Lunatic asylums Madras 1892-1911 - 1892-1911
Year: 1892
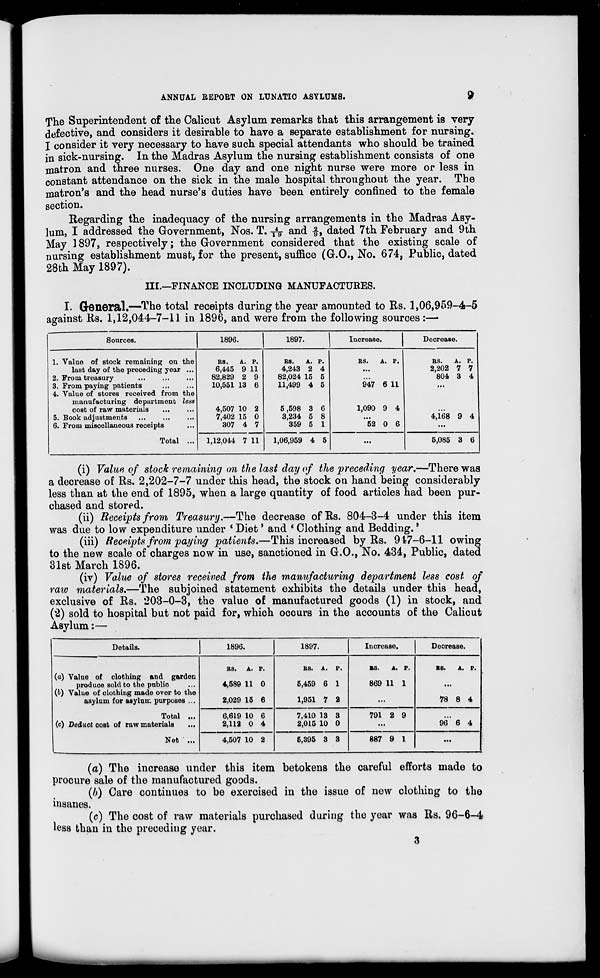
ANNUAL REPORT ON LUNATIC ASYLUMS.
9
The Superintendent of the Calicut Asylum remarks that this arrangement is very
defective, and considers it desirable to have a separate establishment for nursing.
I consider it very necessary to have such special attendants who should be trained
in sick-nursing. In the Madras Asylum the nursing establishment consists of one
matron and three nurses. One day and one night nurse were more or less in
constant attendance on the sick in the male hospital throughout the year. The
matron's and the head nurse's duties have been entirely confined to the female
section.
Regarding the inadequacy of the nursing arrangements in the Madras Asy-
lum, I addressed the Government, Nos. T. T V and f, dated 7th February and 9th
May 1897, respectively; the Government considered that the existing scale of
nursing establishment must, for the present, suffice (G.O., No. 674, Public, dated
28th May 1897).
III.—FINANCE INCLUDING MANUFACTURES.
I. General.—The total receipts during the year amounted to Rs. 1,06,959-4-5
against Rs. 1,12,044-7-11 in 1896, and were from the following sources:—■
Sources.
1896.
1897.
Increase.
Decrease.
1. Value of stock remaining on the
BS.
A. P.
RS.
A. P.
BS.
A. P.
BS.
A. P.
last day of the preceding year ...
6,445 9 11
4,243 2 4
...
2,202 7 7
2. From treasury
82,829 2 9
82,024 15 5
...
804 3 4
3. From paying patients
10,551 13 6
11,499 4 5
947 6 11
...
4. Value of stores received from the
manufacturing department less
cost of raw materials
4,507 10 2
5,598 3 6
1,090 9 4
...
5. Book adjustments
7,402 15 0
3,234 5 8
...
4,168 9 4
6. From miscellaneous receipts
Total ...
307 4 7
359 5 1
52 0 6
...
1,12,044 7 11
1,06,959 4 5
...
5,085 3 6
(i) Value of stock remaining on the last day of the preceding year.—There was
a decrease of Rs. 2,202-7-7 under this head, the stock on hand being considerably
less than at the end of 1895, when a large quantity of food articles had been pur-
chased and stored.
(ii) Receipts from Treasury.—The decrease ofRs. 804-3-4 under this item
was due to low expenditure under * Diet' and * Clothing and Bedding. *
(iii) Receipts from paying patients.—This increased by Rs. 947-6-11 owing
to the new scale of charges now in use, sanctioned in G.O., No. 434, Public, dated
31st March 1896.
(iv) Value of stores received from the manufacturing department less cost of
raio materials.—The subjoined statement exhibits the details under this head,
exclusive of Rs. 203-0-3, the value of manufactured goods (1) in stock, and
(2) sold to hospital but not paid for, which occurs in the accounts of the Calicut
Asylum:—
Details.
1896.
1897.
Increase.
Decrease.
(a) Value of clothing and garden
produce sold to the public
(f>) Value of clothing made over to the
asylum for asylum purposes ...
Total ...
(c) Deduct cost of raw materials
Net ' ...
BS.
A. P.
4,589 11 0
2,029 15 6
BS. A. P.
5,459 6 1
1,951 7 2
BS.
A. P.
869 11 1
BS.
A. P.
78 8 4
6,619 10 6
2,112 0 4
7,410 13 3
2,015 10 0
791 2 9
96* 6 4
4,507 10 2
6,395 3 3
887 9 1
...
(a) The increase under this item betokens the careful efforts made to
procure sale of the manufactured goods.
(/>) Care continues to be exercised in the issue of now clothing to the
insanes.
(c) The cost of raw materials purchased during the year was Rs. 96-6-4
less than in the preceding year.